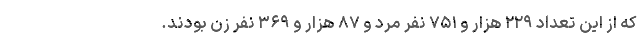
که از این تعداد ۲۲۹ هزار و ۷۵۱ نفر مرد و ۸۷ هزار و ۳۶۹ نفر زن بودند.